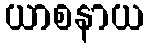
ယာစနာယ